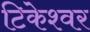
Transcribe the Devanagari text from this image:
टिकेश्वर